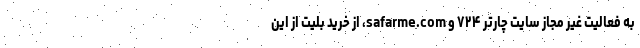
به فعالیت غیر مجاز سایت چارتر ۷۲۴ و safarme.com، از خرید بلیت از این